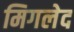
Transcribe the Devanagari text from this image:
मिगलेद